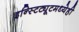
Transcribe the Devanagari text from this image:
इन्स्टिट्यूटमध्येही